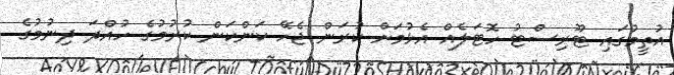
އުތީމުގައި ޓޫރިސްޓު ހޮޓަލެއް އެޅުމަށް ކުރަން ޖެހޭ ކަންކަން ކުރުމުގެ ހުއްދަ ދިނުމުގެ